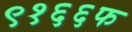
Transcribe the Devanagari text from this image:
९१६६फ